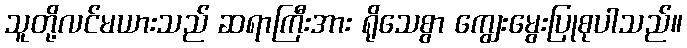
သူတို့လင်မယားသည် ဆရာကြီးအား ရိုသေစွာ ကျွေးမွေးပြုစုပါသည်။